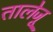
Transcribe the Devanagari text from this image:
तालेजू